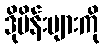
ဒိုမိန်းများကို